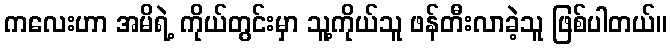
ကလေးဟာ အမိရဲ့ ကိုယ်တွင်းမှာ သူ့ကိုယ်သူ ဖန်တီးလာခဲ့သူ ဖြစ်ပါတယ်။